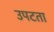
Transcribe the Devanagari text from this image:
उपटता